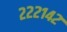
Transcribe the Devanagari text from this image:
२२२१४२